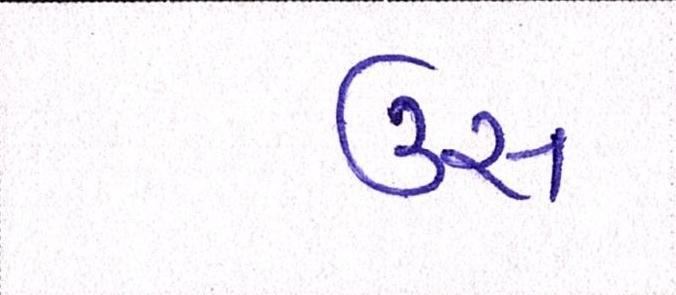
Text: ઉસ